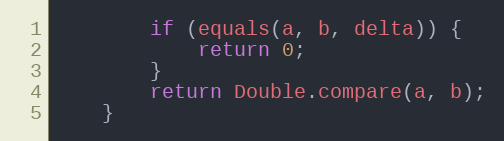
Language: Java
        if (equals(a, b, delta)) {
            return 0;
        }
        return Double.compare(a, b);
    }